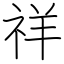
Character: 祥